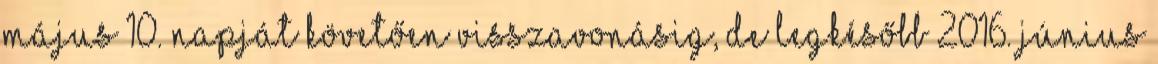
május 10. napját követően visszavonásig, de legkésőbb 2016. június